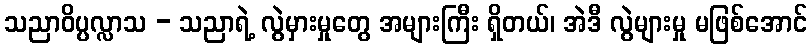
သညာဝိပ္ပလ္လာသ - သညာရဲ့ လွဲမှားမှုတွေ အများကြီး ရှိတယ်၊ အဲဒီ လွဲများမှု မဖြစ်အောင်